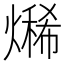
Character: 𤏨